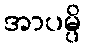
အာပမ္ပိ